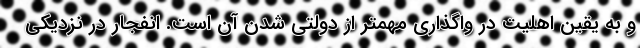
و به یقین اهلیت در واگذاری مهمتر از دولتی شدن آن است. انفجار در نزدیکی